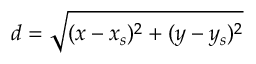
d = \sqrt { ( x - x _ { s } ) ^ { 2 } + ( y - y _ { s } ) ^ { 2 } }